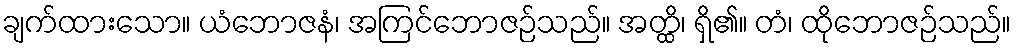
ချက်ထားသော။ ယံဘောဇနံ၊ အကြင်ဘောဇဉ်သည်။ အတ္ထိ၊ ရှိ၏။ တံ၊ ထိုဘောဇဉ်သည်။